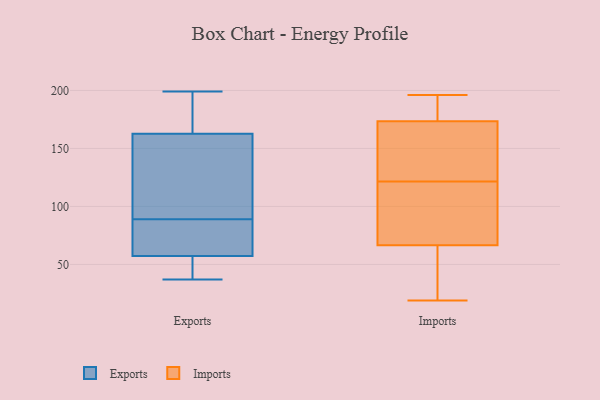
{"axis": {"x": "Headcount", "y": "Value"}, "legend": ["Exports", "Imports"], "data": [{"x": "", "y": 188, "type": "Exports"}, {"x": "", "y": 89, "type": "Exports"}, {"x": "", "y": 147, "type": "Exports"}, {"x": "", "y": 37, "type": "Exports"}, {"x": "", "y": 53, "type": "Exports"}, {"x": "", "y": 199, "type": "Exports"}, {"x": "", "y": 120, "type": "Exports"}, {"x": "", "y": 168, "type": "Exports"}, {"x": "", "y": 52, "type": "Exports"}, {"x": "", "y": 72, "type": "Exports"}, {"x": "", "y": 70, "type": "Exports"}, {"x": "", "y": 85, "type": "Exports"}, {"x": "", "y": 110, "type": "Exports"}, {"x": "", "y": 50, "type": "Exports"}, {"x": "", "y": 182, "type": "Exports"}, {"x": "", "y": 19, "type": "Imports"}, {"x": "", "y": 132, "type": "Imports"}, {"x": "", "y": 196, "type": "Imports"}, {"x": "", "y": 26, "type": "Imports"}, {"x": "", "y": 48, "type": "Imports"}, {"x": "", "y": 178, "type": "Imports"}, {"x": "", "y": 37, "type": "Imports"}, {"x": "", "y": 185, "type": "Imports"}, {"x": "", "y": 112, "type": "Imports"}, {"x": "", "y": 69, "type": "Imports"}, {"x": "", "y": 157, "type": "Imports"}, {"x": "", "y": 76, "type": "Imports"}, {"x": "", "y": 131, "type": "Imports"}, {"x": "", "y": 110, "type": "Imports"}, {"x": "", "y": 82, "type": "Imports"}, {"x": "", "y": 171, "type": "Imports"}, {"x": "", "y": 188, "type": "Imports"}, {"x": "", "y": 176, "type": "Imports"}, {"x": "", "y": 64, "type": "Imports"}, {"x": "", "y": 153, "type": "Imports"}]}